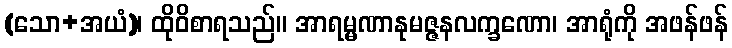
(သော+အယံ)၊ ထိုဝိစာရသည်။ အာရမ္မဏာနုမဇ္ဇနလက္ခဏော၊ အာရုံကို အဖန်ဖန်